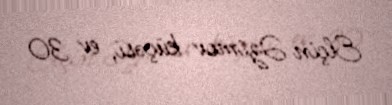
Elçin Əzimov küçəsi, ev 30